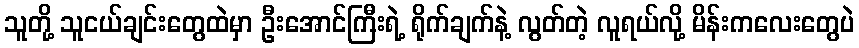
သူတို့ သူငယ်ချင်းတွေထဲမှာ ဦးအောင်ကြီးရဲ့ ရိုက်ချက်နဲ့ လွတ်တဲ့ လူရယ်လို့ မိန်းကလေးတွေပဲ